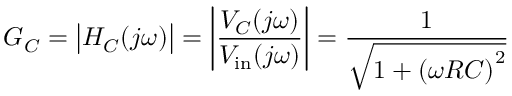
G _ { C } = { \big | } H _ { C } ( j \omega ) { \big | } = \left| { \frac { V _ { C } ( j \omega ) } { V _ { \mathrm { i n } } ( j \omega ) } } \right| = { \frac { 1 } { \sqrt { 1 + \left( \omega R C \right) ^ { 2 } } } }